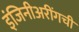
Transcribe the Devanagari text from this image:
इंजिनीअरींगची